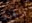
والجزر